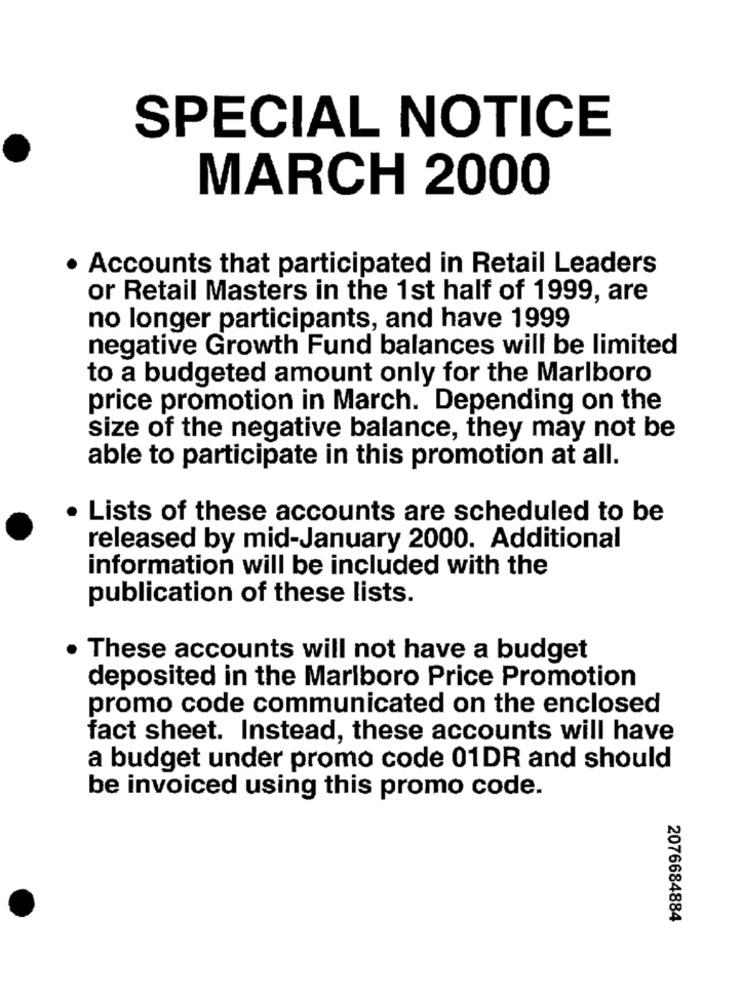
SPECIAL NOTICE
MARCH 2000
. Accounts that participated in Retail Leaders
or Retail Masters in the 1st half of 1999, are
no longer participants, and have 1999
negative Growth Fund balances will be limited
to a budgeted amount only for the Marlboro
price promotion in March. Depending on the
size of the negative balance, they may not be
able to participate in this promotion at all.
. Lists of these accounts are scheduled to be
released by mid-January 2000. Additional
information will be included with the
publication of these lists.
These accounts will not have a budget
deposited in the Marlboro Price Promotion
promo code communicated on the enclosed
fact sheet. Instead, these accounts will have
a budget under promo code 01DR and should
be invoiced using this promo code.
2076684884